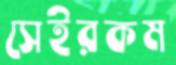
সেইরকম